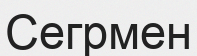
Сегрмен